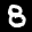
Label: 8